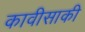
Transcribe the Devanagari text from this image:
कावीसाकी